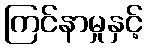
ကြင်နာမှုနှင့်